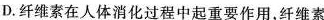
D.纤维素在人体消化过程中起重要作用，纤维索